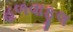
હળવાફૂલ